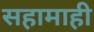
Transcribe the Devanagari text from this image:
सहामाही